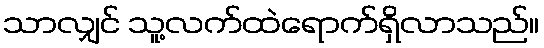
သာလျှင် သူ့လက်ထဲရောက်ရှိလာသည်။